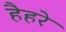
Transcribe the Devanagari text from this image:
हैहरे